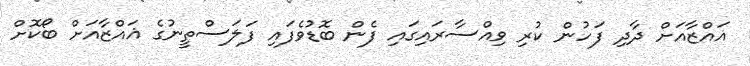
ޣައްޒާއަށް ދާދި ފަހުން ކުރި ވިއްސާރައިގައި ފެން ބޮޑުވެފައި ފަލަސްތީނުގެ ޣައްޒާއަށް ބޯކޮށް